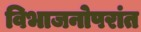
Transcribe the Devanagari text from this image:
विभाजनोपरांत